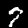
Digit: 7